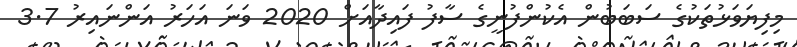
މިފިޔަވަޅުތަކުގެ ސަބަބުން އެކުންފުނީގެ ސާފު ފައިދާއަށް 2020 ވަނަ އަހަރު އަންނައިރު 3.7